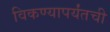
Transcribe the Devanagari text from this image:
विकण्यापर्यंतची